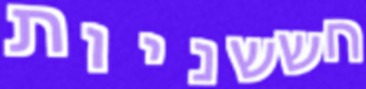
חששניות